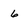
Character: 6